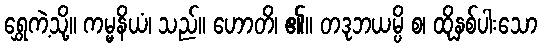
ရွှေကဲ့သို့။ ကမ္မနိယံ၊ သည်။ ဟောတိ၊ ၏။ တဒုဘယမ္ပိ စ၊ ထိုနှစ်ပါးသော